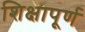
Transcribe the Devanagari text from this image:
शिक्षापूर्ण